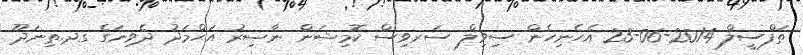
ތަފްސީލް 2014-06-23 އެހެނިހެން ސިވިލް ސަރވިސް ކޮމިޝަން ނާޞިރު އަޙްމަދު ދެވިނަގެ ގދ.ތިނަދޫ